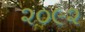
૨૦૯૨